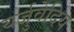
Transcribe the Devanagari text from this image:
यर्जुवेदिय